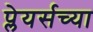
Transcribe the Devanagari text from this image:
प्लेयर्सच्या